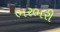
ભરભરી